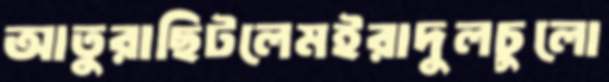
আতুরাছিটলেমইরাদুলচুলো